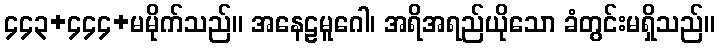
၄၄၃+၄၄၄+မမိုက်သည်။ အနေဠမူဂေါ၊ အရိအရည်ယိုသော ခံတွင်းမရှိသည်။